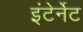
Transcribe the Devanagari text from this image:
इंटेर्नेट